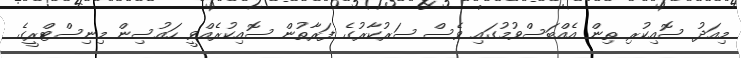
މިއަދު ސޮއިކުރި ތިން އެއްބަސްވުމުގައި ވެސް ސަރުކާރުގެ ފަރާތުން ސޮއިކުރެއްވީ ހައުސިން މިނިސްޓްރީގެ